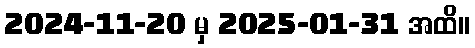
2024-11-20 မှ 2025-01-31 အထိ။